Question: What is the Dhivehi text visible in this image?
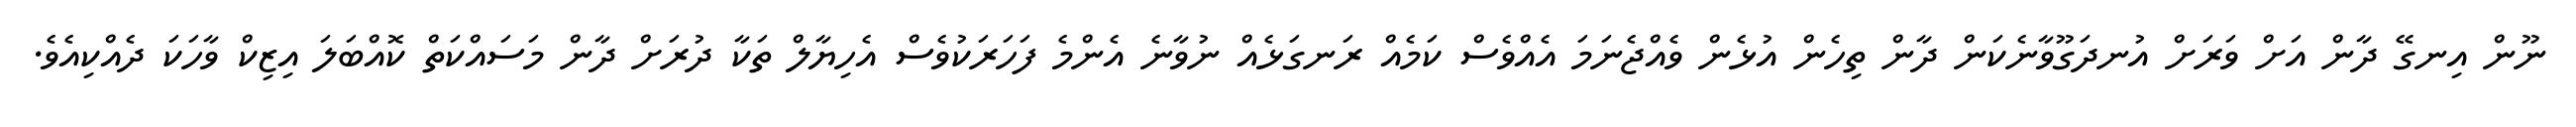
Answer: ނޫން އިނގޭ ދާން އަށް ވަރަށް އުނދަގޫވާނެކަން ދާން ތިހެން އުޅެން ވެއްޖެނަމަ އެއްވެސް ކަމެއް ރަނގަޅެއް ނުވާނެ އެންމެ ފަހަރަކުވެސް އެހިޔާލް ތަކާ ދުރަށް ދާން މަސައްކަތް ކޮއްބަލަ އިޒިކް ވާހަކަ ދެއްކިއެވެ.